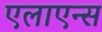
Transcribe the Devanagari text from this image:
एलाएन्स